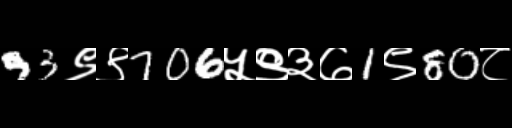
Text: 93९९706५९३७1९80८